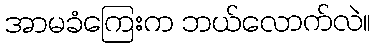
အာမခံကြေးက ဘယ်လောက်လဲ။